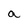
Character: a